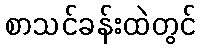
စာသင်ခန်းထဲတွင်